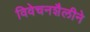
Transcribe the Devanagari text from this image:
विवेचनशैलीने